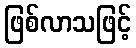
ဖြစ်လာသဖြင့်